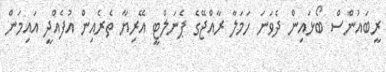
ރީބައުންސް ބޯޅައިން ދެވަނަ ހަމަލާ ރާއްޖޭގެ ޕެނަލްޓީ އޭރިޔާ ތެރެއިން އުފެއްދީ އައިމަން